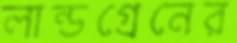
লান্ডগ্রেনের